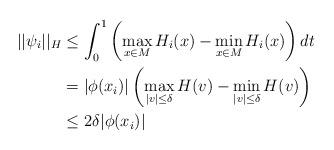
LaTeX: \begin{align*}||\psi_i||_H&\leq \int_0^1\left(\max_{x\in M}H_i(x)-\min_{x\in M}H_i(x)\right)dt \\&= |\phi(x_i)|\left(\max_{|v|\leq\delta}H(v)-\min_{|v|\leq\delta}H(v)\right) \\&\leq 2\delta|\phi(x_i)|\end{align*}